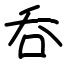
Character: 呑